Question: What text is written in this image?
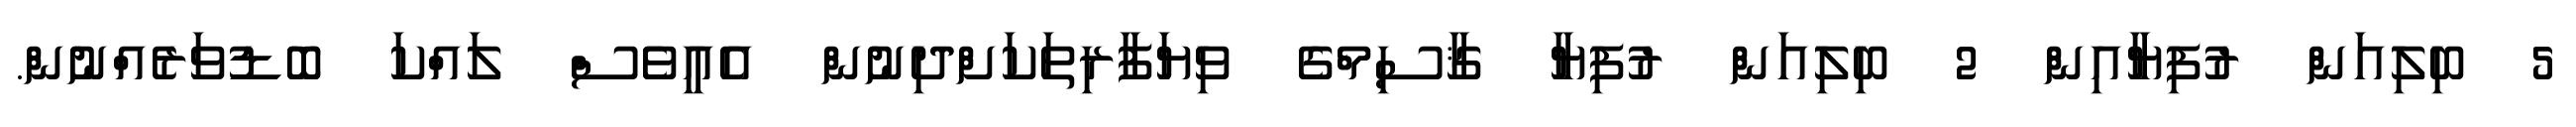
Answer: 5 ބިލިއަން ރުފިޔާއިން 2 ބިލިއަން ރުފިޔާ ޤާސިމްގެ ވިޔަފާރިތަކަށްދިނުން އެއީވެސް ލައްކަ ބޮޑުވަރެއްނުން.